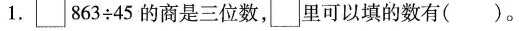
1. $$\Box 8 6 3 \div 4 5 $$的商是三位数，\Box 里可以填的数有( )。